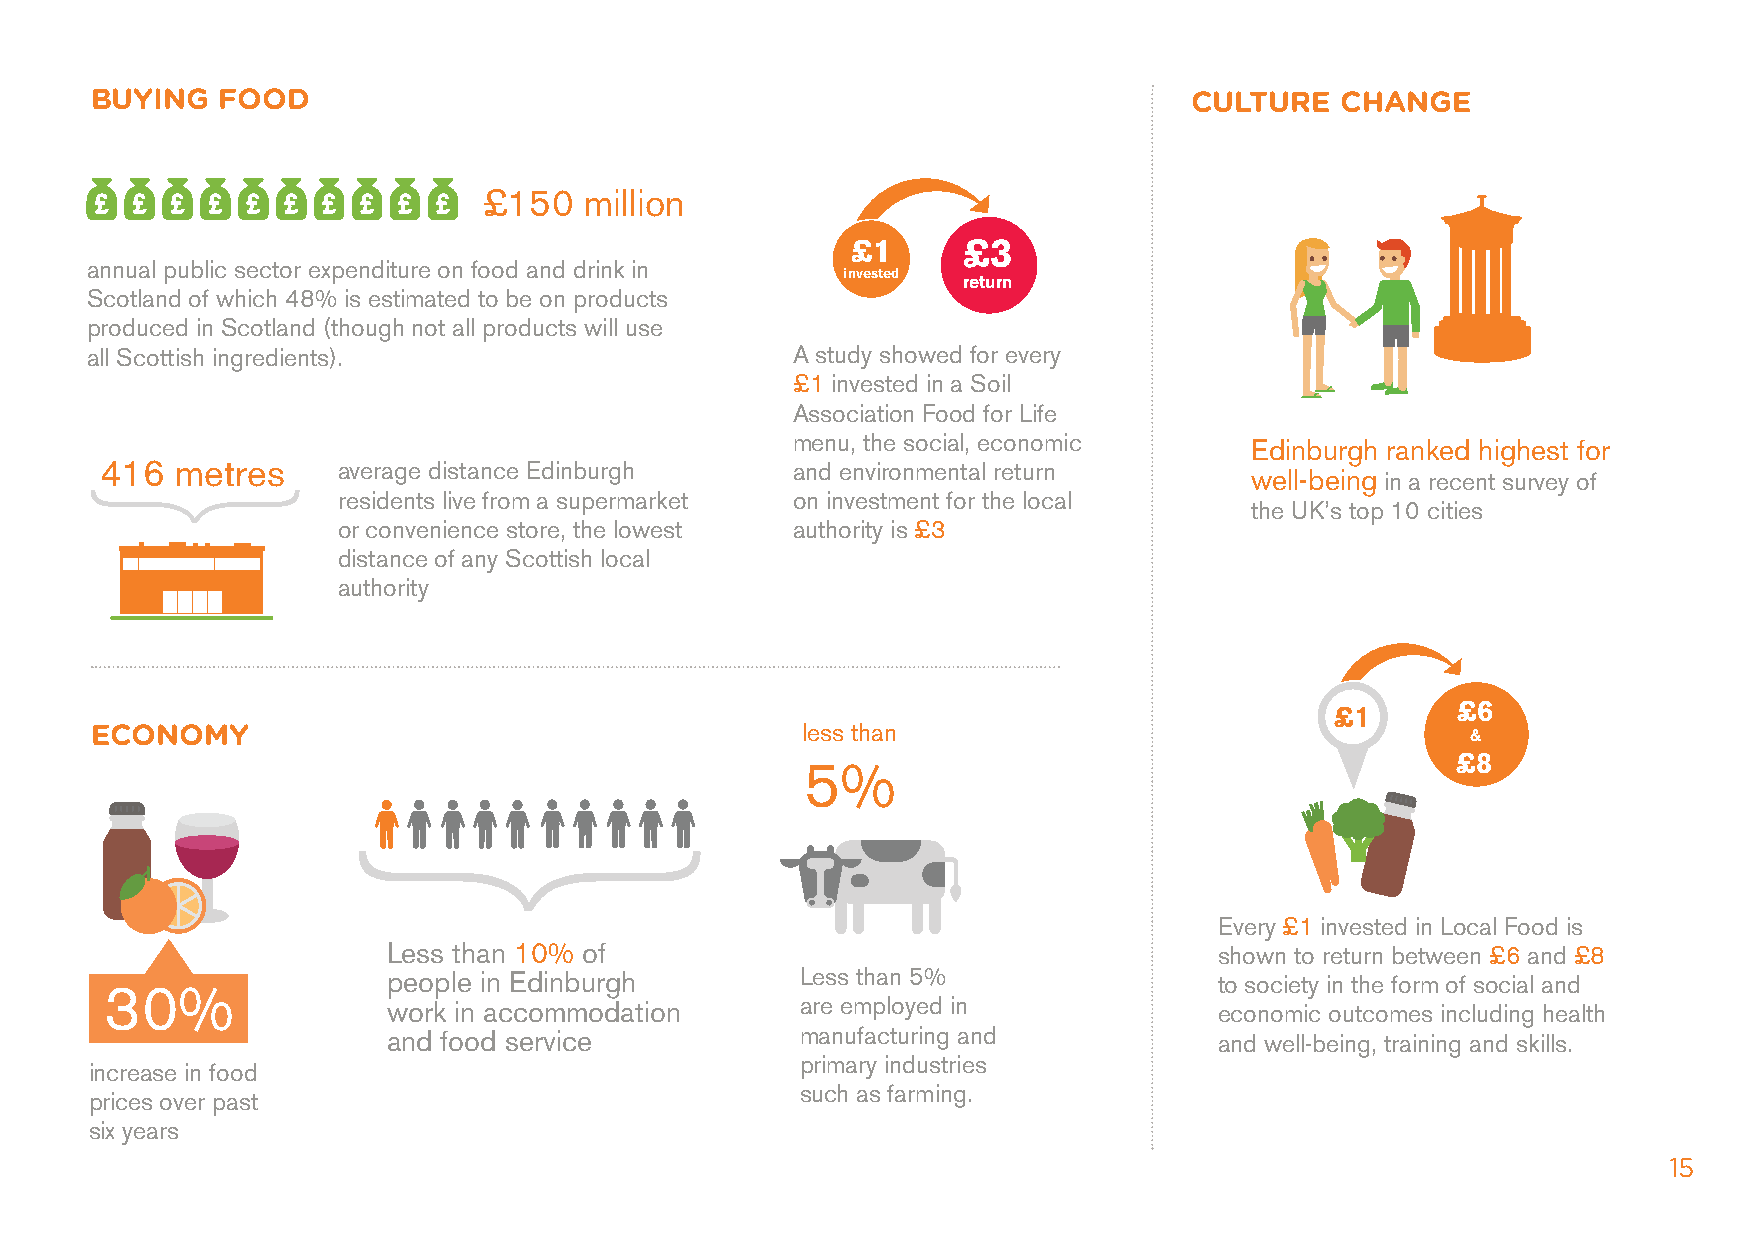
BUYING  FOOD                                                             CULTURE   CHANGE
 £150   million
 £1      £3
 annual public sector expenditure on food and drink in
 invested
 return
 Scotland of which 48% is estimated to be on products
 produced in Scotland (though not all products will use
 all Scottish ingredients).                    A study showed for every
 £1 invested in a Soil
 Association Food for Life
 menu, the social, economic
 Edinburgh ranked highest for
 416  metres    average distance Edinburgh    and environmental return
 well-being in a recent survey of
 residents live from a supermarket on investment for the local
 the UK’s top 10 cities
 or convenience store, the lowest authority is £3
 distance of any Scottish local
 authority
 £1      £6
 ECONOMY                                        less than                                   &
 £8
 5%
 Every £1 invested in Local Food is
 Less than 10% of                                       shown to return between £6 and £8
 people in Edinburgh        Less than 5%                to society in the form of social and
 30%
 work in accommodation      are employed in             economic outcomes including health
 and food service           manufacturing and           and well-being, training and skills.
 primary industries
 increase in food
 such as farming.
 prices over past
 six years
 15